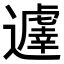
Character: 𨘈